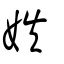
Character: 妷